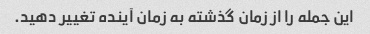
این جمله را از زمان گذشته به زمان آینده تغییر دهید.